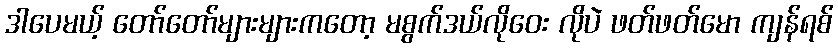
ဒါပေမယ့် တော်တော်များများကတော့ မစွက်ဒယ်လိုဝေး လိုပဲ ဖတ်ဖတ်မော ကျန်ရစ်